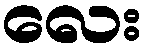
လေး